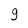
Character: g